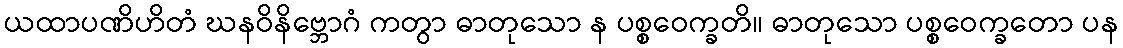
ယထာပဏိဟိတံ ဃနဝိနိဗ္ဘောဂံ ကတွာ ဓာတုသော န ပစ္စဝေက္ခတိ။ ဓာတုသော ပစ္စဝေက္ခတော ပန